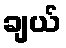
ချယ်